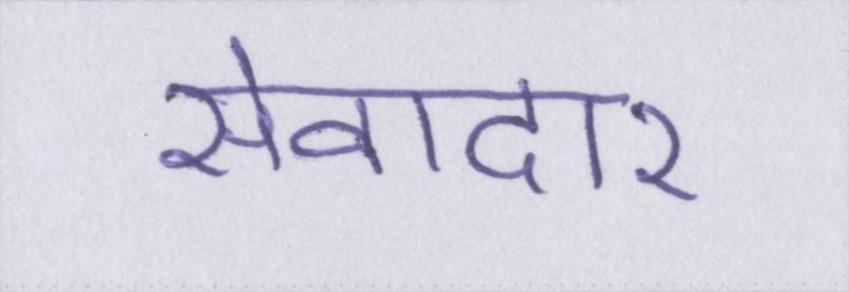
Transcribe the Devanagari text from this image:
सेवादार